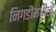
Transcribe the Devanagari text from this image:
निगडीमधील